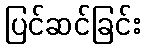
ပြင်ဆင်ခြင်း